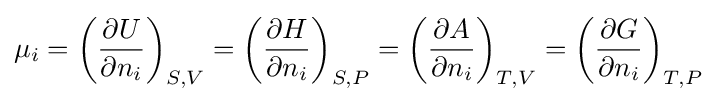
\mu _{i}=\left({\frac {\partial U}{\partial n_{i}}}\right)_{S,V}=\left({\frac {\partial H}{\partial n_{i}}}\right)_{S,P}=\left({\frac {\partial A}{\partial n_{i}}}\right)_{T,V}=\left({\frac {\partial G}{\partial n_{i}}}\right)_{T,P}